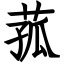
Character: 菰